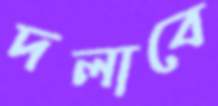
দলাবে